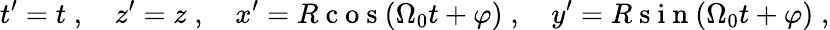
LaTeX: t^{\prime}=t\; ,\quad z^{\prime}=z\; ,\quad x^{\prime}=R\mathrm{~c~o~s~}({\Omega}_{0}t+\varphi)\; ,\quad y^{\prime}=R\mathrm{~s~i~n~}({\Omega}_{0}t+{\varphi})\; ,